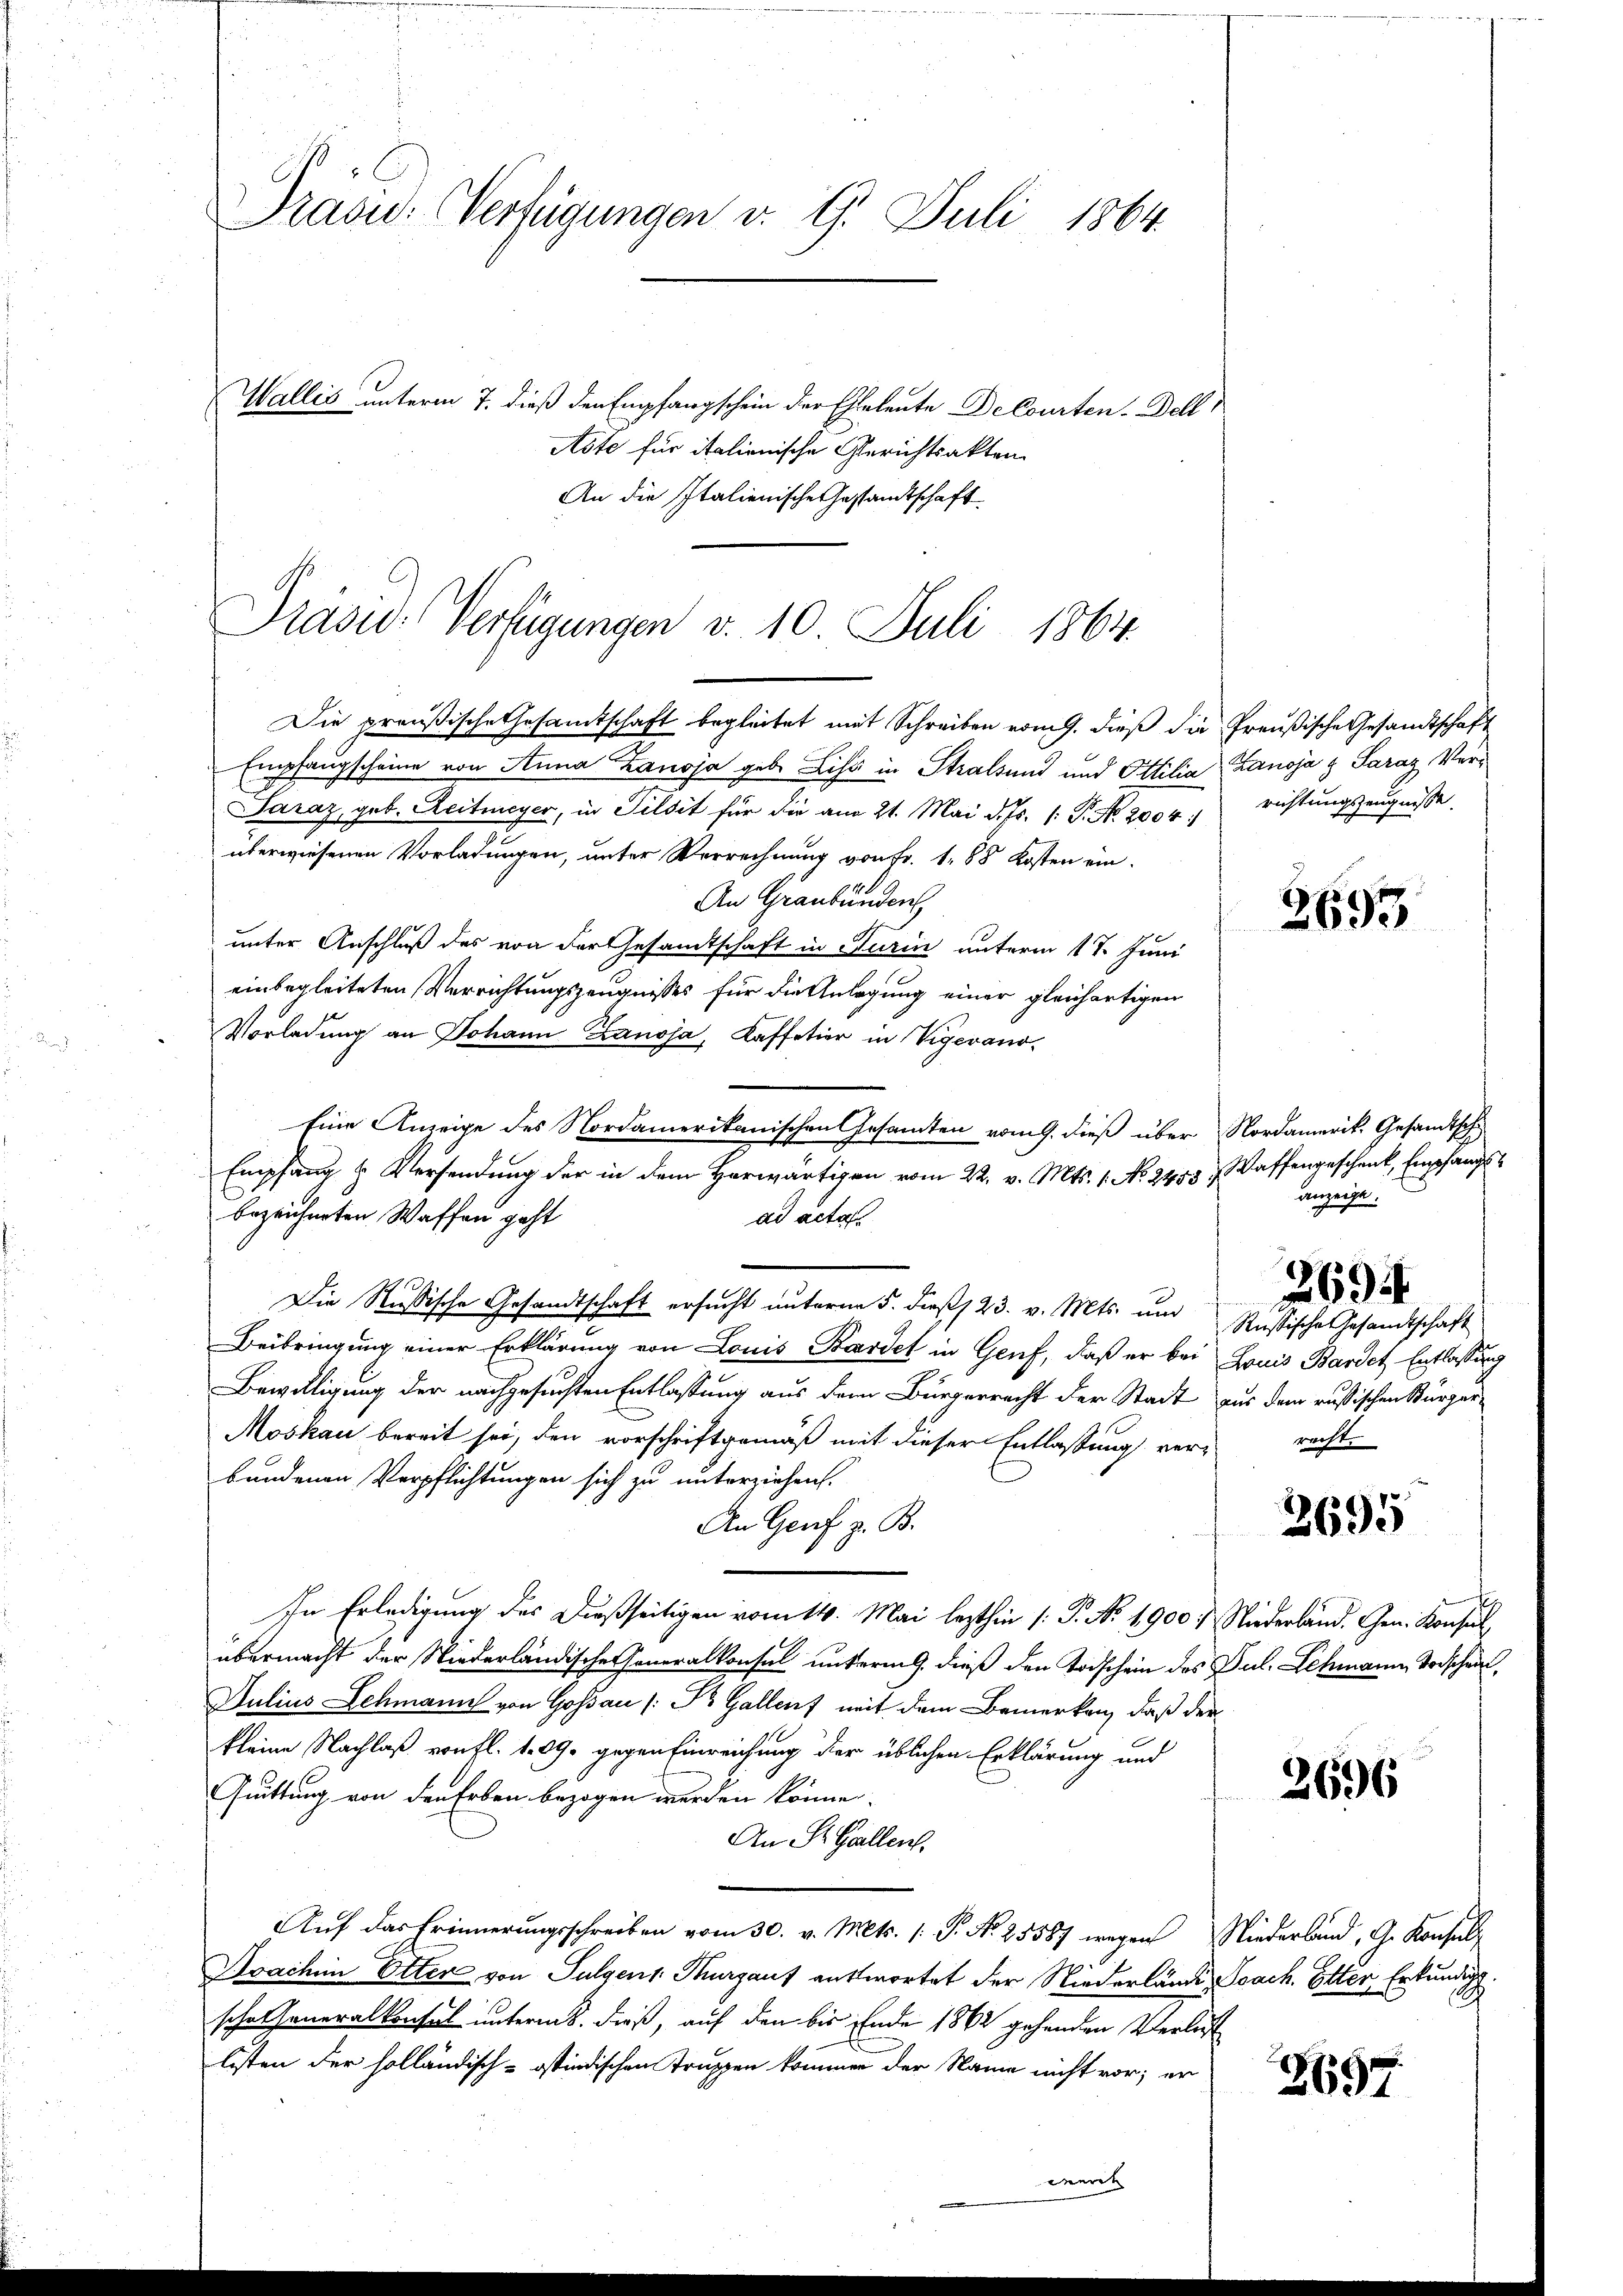
Präsid. Verfügungen d. 9. Juli 1864.

Wallis unterm 7. dieß den Empfangschein der Eheleute Decourten Dell
Aste für italienische Gerichtsakten.
An die Italienische Gessandtschaft

Präsid. Verfügungen v. 10. Juli 1864.

Die preußische Gesamtschaft begleitet mit Schreiben vom 9. dieß die Preußische Gesandtschaft
Empfangscheine von Anna Zanoja geb. Liss in Stralsund und Ottilia Banoja & Saraz Ver¬
Saraz, geb. Reitmeyer, in Pilsit für die am 21. Mai d. Js. [: P. No. 2004. richtungszeugnisse.
überwiesenen Vorladungen, unter Verrechnung von Fr. 188 Kosten ein-
An Graubünden
unter Anschluß des von der Gesandtschaft in Turin unterm 17. Juni
einbegleiteten Verrichtungszeugnisses für die Anlegung einer gleichartigen
Vorladung an Johann Lanoja, Kaffetier in Vigerano-
Eine Anzeige des Nordamerikanischen Gesamten vom 9. dieß über Nordamerik. Gesandtsch
Empfang & Versendung der in dem Herwärtigen vom 22. v. Mts. 1. No. 2453.
bezeichneten Waffen geht
ad acta.
Die Russische Gesandtschaft ersucht unterm 5. dieß /23. v. Mts. und Russische Gesandtschaft
Beibringung einer Erklärung von Louis Bordet in Genf, daß er bei Louis Bardet Entlassung
Bewilligung der nachgesuchten Entlassung aus dem Bürgerrecht der Stadt aus dem russischen Bürger-
Moskau bereit sei, den vorschriftgemäß mit dieser Entlassung ver-
bundenen Verpflichtungen sich zu unterziehen.
An Genf z. B.
In Erledigung des dießseitigen vom 14. Mai lezthin /: P. No. 1900 : Niederländ. Gen. Konsul
übermacht der Niederländische Generalkonsul unterm 9. dieß den Todschein des Jul. Schmann Todschein,
Julius Schmann von Gossau / Po Gallenz mit dem Bemerken, daß der
kleine Nachlaß von fl. 1. 89. gegen Einreichung der üblichen Erklärung und
Guittung von den Erben bezogen werden könne.
An St. Gallen.
Auf das Erinnerungsschreiben vom 30. v. Mts. (: P. Nr. 25587 wegen Niederland, G. Konsul¬
1
Doachini Otter von Sulgens Thurgauf antwortet der Niederlände Joach. Etter Erkundigt.
sche Generalkonsul unterm 8. dieß, auf den bis Ende 1862 gehenden Verlust
listen der holländisch-ostindischen Truppen kommen der Name nicht vor; er
eneren |

2693.

Waffengeschenk, Empfangsanzeigt.

2694

recht.

2695

2696

h

3697